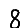
Digit: 8